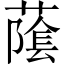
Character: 䕃